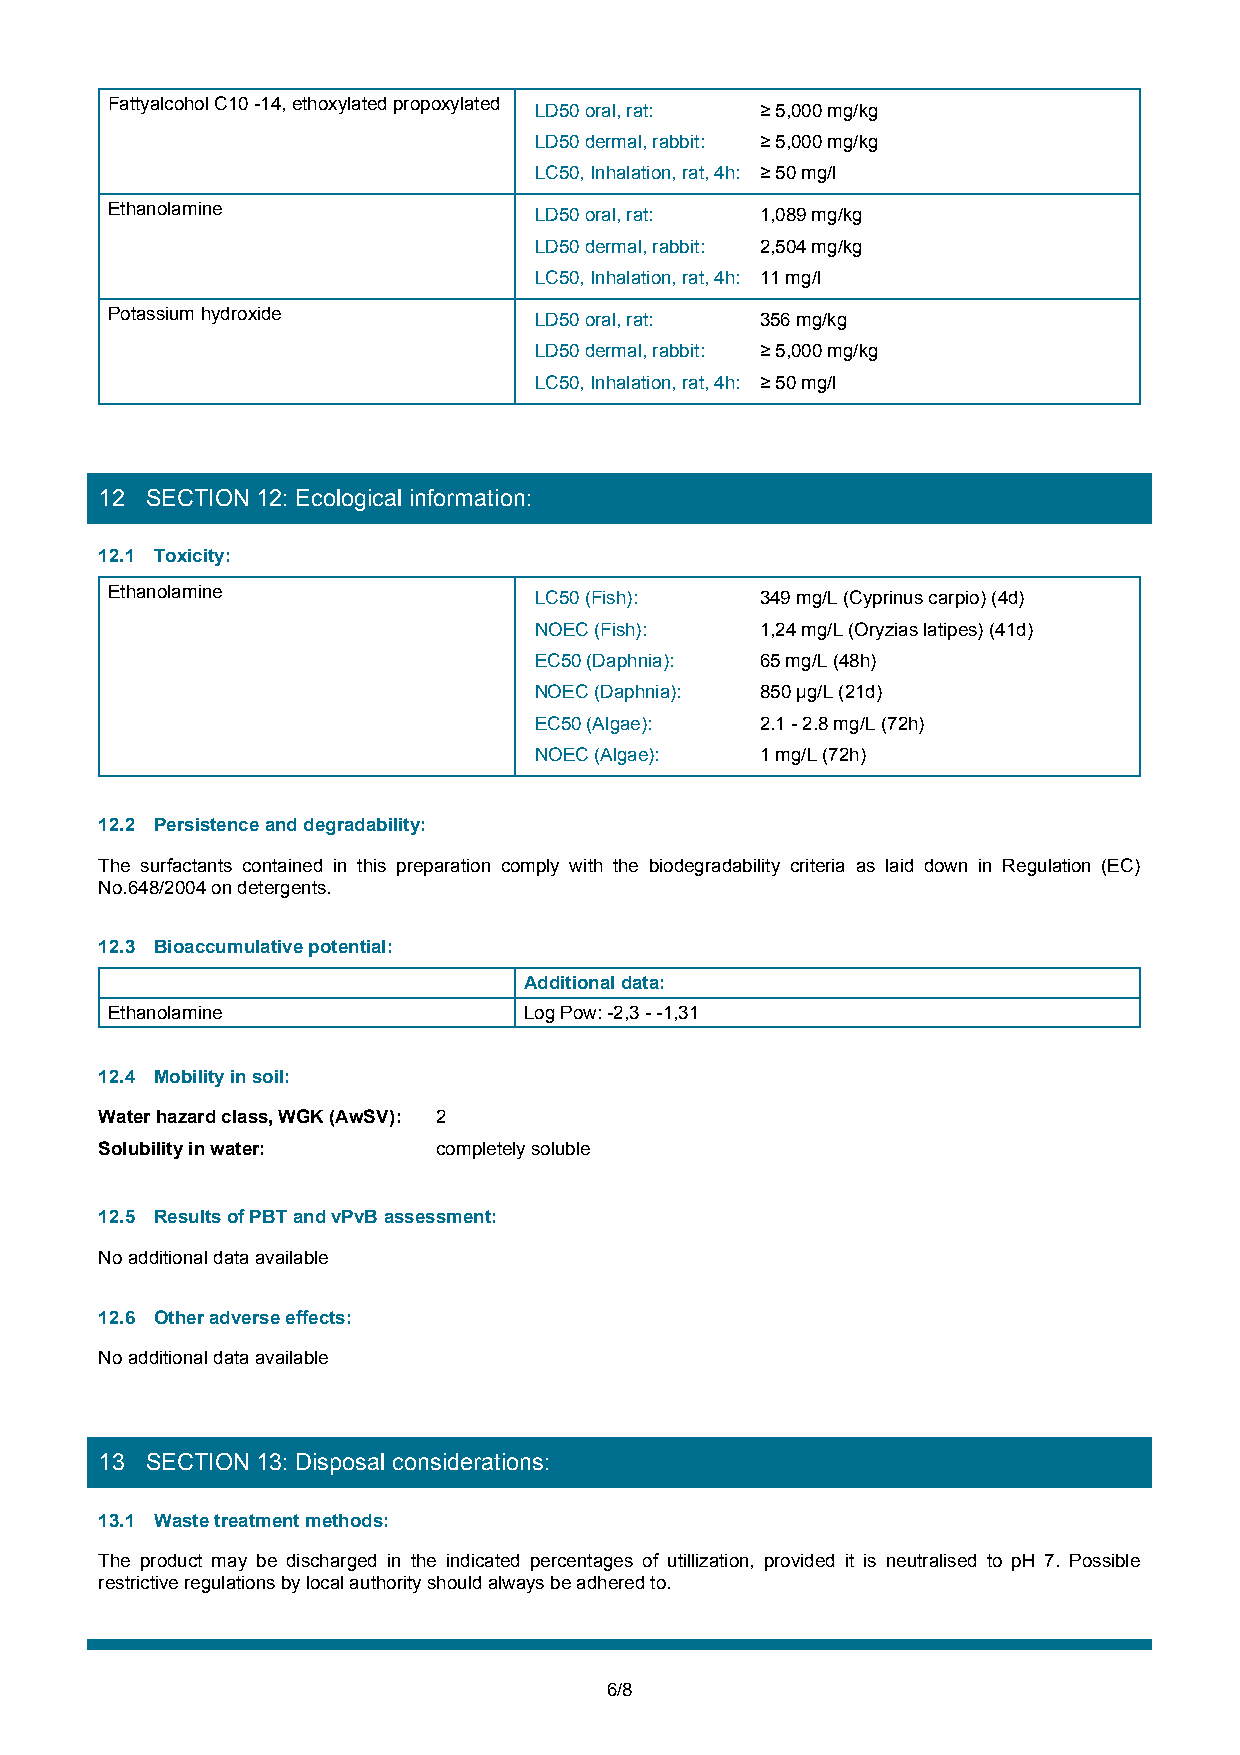
Fattyalcohol C10 -14, ethoxylated propoxylated LD50 oral, rat: ≥ 5,000 mg/kg
 LD50 dermal, rabbit: ≥ 5,000 mg/kg
 LC50, Inhalation, rat, 4h: ≥ 50 mg/l
 Ethanolamine                LD50 oral, rat: 1,089 mg/kg
 LD50 dermal, rabbit: 2,504 mg/kg
 LC50, Inhalation, rat, 4h: 11 mg/l
 Potassium hydroxide         LD50 oral, rat: 356 mg/kg
 LD50 dermal, rabbit: ≥ 5,000 mg/kg
 LC50, Inhalation, rat, 4h: ≥ 50 mg/l
 12 SECTION 12: Ecological information:
 12.1 Toxicity:
 Ethanolamine                LC50 (Fish):   349 mg/L (Cyprinus carpio) (4d)
 NOEC (Fish):   1,24 mg/L (Oryzias latipes) (41d)
 EC50 (Daphnia): 65 mg/L (48h)
 NOEC (Daphnia): 850 µg/L (21d)
 EC50 (Algae):  2.1 - 2.8 mg/L (72h)
 NOEC (Algae):  1 mg/L (72h)
 12.2 Persistence and degradability:
 The surfactants contained in this preparation comply with the biodegradability criteria as laid down in Regulation (EC)
 No.648/2004 on detergents.
 12.3 Bioaccumulative potential:
 Additional data:
 Ethanolamine                Log Pow: -2,3 - -1,31
 12.4 Mobility in soil:
 Water hazard class, WGK (AwSV): 2
 Solubility in water:  completely soluble
 12.5 Results of PBT and vPvB assessment:
 No additional data available
 12.6 Other adverse effects:
 No additional data available
 13 SECTION 13: Disposal considerations:
 13.1 Waste treatment methods:
 The product may be discharged in the indicated percentages of utillization, provided it is neutralised to pH 7. Possible
 restrictive regulations by local authority should always be adhered to.
 6/8